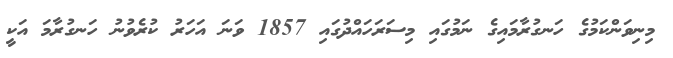
މިނިވަންކަމުގެ ހަނގުރާމައިގެ ނަމުގައި މިސަރަހައްދުގައި 1857 ވަނަ އަހަރު ކުރެވުނު ހަނގުރާމަ އަކީ